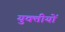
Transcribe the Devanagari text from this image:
युक्तीयों